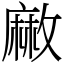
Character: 䵇